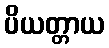
ပိယတ္တာယ